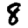
Digit: 8